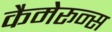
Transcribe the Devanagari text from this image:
कैमेरून्स